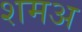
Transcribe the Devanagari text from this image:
शमअ